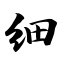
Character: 细